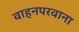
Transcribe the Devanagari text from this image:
वाहनपरवाना